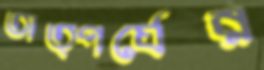
তাত্পর্যের